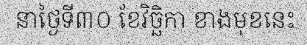
នាថ្ងៃទី៣០ ខែវិច្ឆិកា ខាងមុខនេះ